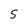
Character: S